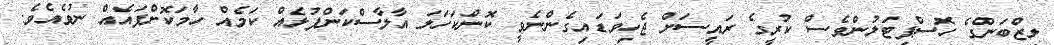
ލިޒްބަންގެ ހޮސްޕިޓަލުންވެސް ކުރީގެ ރައީސަށް ޖެހިވަޑައިގެންނެވީ ކޮންކަހަލަ އާލާސްކަންފުޅެއް ކަމެއް ހާމަކޮށްފައެއް ނުވެއެވެ.